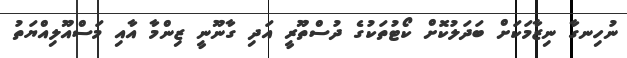
ނުހިނގާ ނިޒާމަކަށް ބަދަލުކޮށް ކޯޓުތަކުގެ ދުސްތޫރީ އަދި ގާނޫނީ ޒިންމާ އާއި މަސްއޫލިއްޔަތު